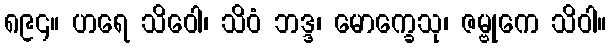
၈၉၄။ ဟရေ သိဝေါ၊ သိဝံ ဘဒ္ဒ၊ မောက္ခေသု၊ ဇမ္ဗုကေ သိဝါ။